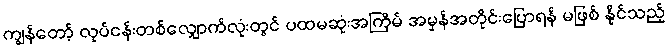
ကျွန်တော့် လုပ်ငန်းတစ်လျှောက်လုံးတွင် ပထမဆုံးအကြိမ် အမှန်အတိုင်းပြောရန် မဖြစ် နိုင်သည့်